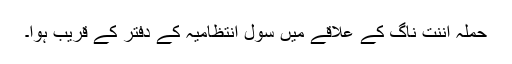
حملہ اننت ناگ کے علاقے میں سول انتظامیہ کے دفتر کے قریب ہوا۔